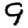
Digit: 9